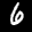
Label: 6